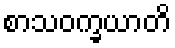
စာသဝက္ခယာတိ